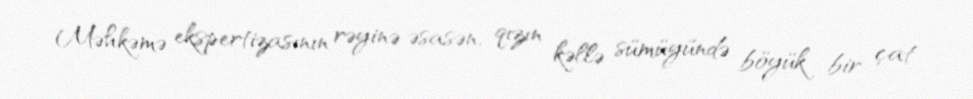
Məhkəmə ekspertizasının rəyinə əsasən, qızın kəllə sümüyündə böyük bir çat